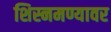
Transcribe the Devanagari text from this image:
शिस्नमण्यावर